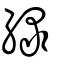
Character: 緑